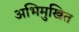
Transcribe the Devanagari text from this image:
अभिमुखित